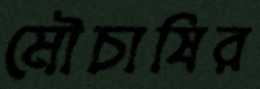
মৌচাষির